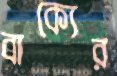
বাক্যের